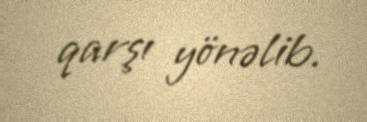
qarşı yönəlib.